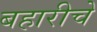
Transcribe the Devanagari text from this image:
बहारीचे